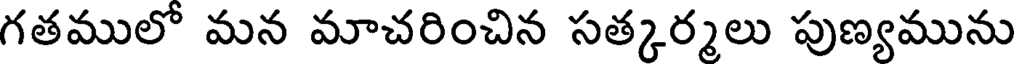
గతములో మన మాచరించిన సత్కర్మలు పుణ్యమును